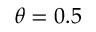
\theta = 0 . 5